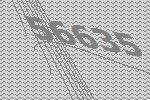
56635